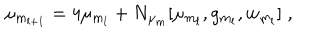
\mu _ { m _ { l + 1 } } = 4 \mu _ { m _ { l } } + N _ { \mu _ { m } } [ \mu _ { m _ { l } } , g _ { m _ { l } } , w _ { m _ { l } } ] \; ,